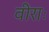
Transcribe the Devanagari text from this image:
वीराः